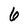
Character: 6